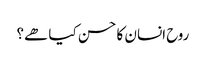
روح انسان کا حسن کیا ھے؟